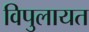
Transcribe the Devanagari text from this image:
विपुलायत